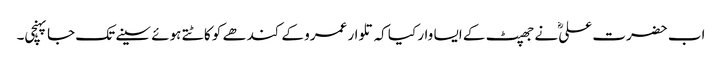
اب حضرت علیؓ نے جھپٹ کے ایسا وار کیا کہ تلوار عمرو کے کندھے کو کاٹتے ہوئے سینے تک جا پہنچی۔